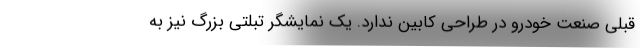
قبلی صنعت خودرو در طراحی کابین ندارد. یک نمایشگر تبلتی بزرگ نیز به